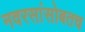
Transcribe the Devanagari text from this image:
नवरसांसोबतच